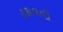
ટકાવવી